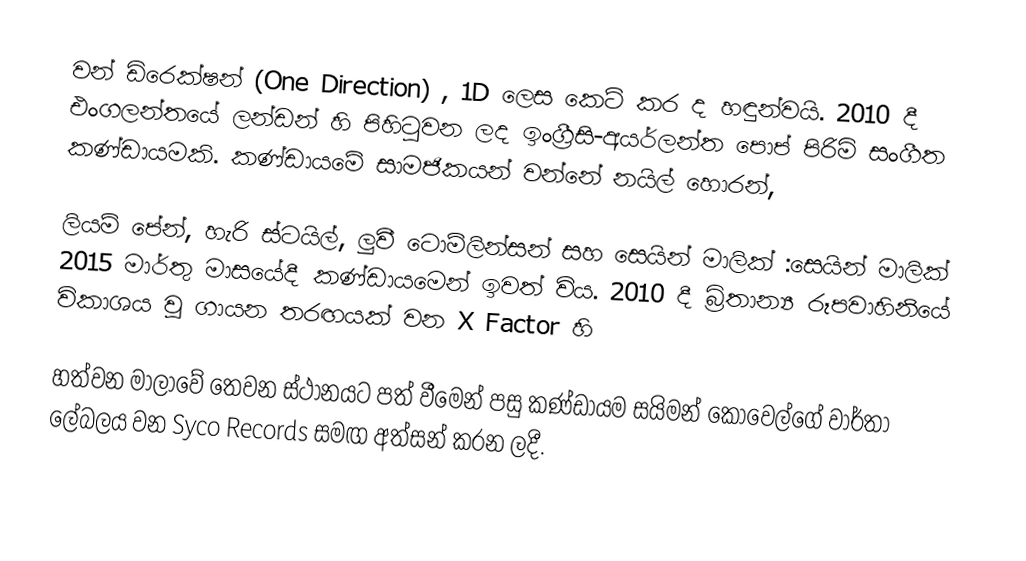
වන් ඩිරෙක්ෂන් (One Direction) , 1D ලෙස කෙටි කර ද හඳුන්වයි. 2010 දී එංගලන්තයේ ලන්ඩන් හි පිහිටුවන ලද ඉංග්‍රීසි-අයර්ලන්ත පොප් පිරිමි සංගීත කණ්ඩායමකි. කණ්ඩායමේ සාමජිකයන් වන්නේ නයිල් හොරන්,

ලියම් පේන්, හැරි ස්ටයිල්, ලුවී ටොම්ලින්සන් සහ සෙයින් මාලික් :සෙයින් මාලික් 2015 මාර්තු මාසයේදී කණ්ඩායමෙන් ඉවත් විය. 2010 දී බ්‍රිතාන්‍ය රූපවාහිනියේ විකාශය වූ ගායන තරඟයක් වන X Factor හි

හත්වන මාලාවේ තෙවන ස්ථානයට පත් වීමෙන් පසු කණ්ඩායම සයිමන් කොවෙල්ගේ වාර්තා ලේබලය වන Syco Records සමඟ අත්සන් කරන ලදී.